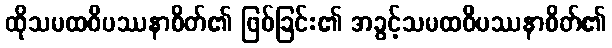
ထိုသမထဝိပဿနာစိတ်၏ ဖြစ်ခြင်း၏ အခွင့်သမထဝိပဿနာစိတ်၏